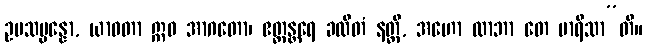
ဥပသမ္ပန္နော, ယာဝတာ ဣဓ အာဂတော၊ ဧတ္ထန္တရေ ခလိတံ နတ္ထိ, အဟော လာဘာ တေ မာရိသာ”တိ။